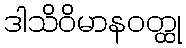
ဒါသိဝိမာနဝတ္ထု